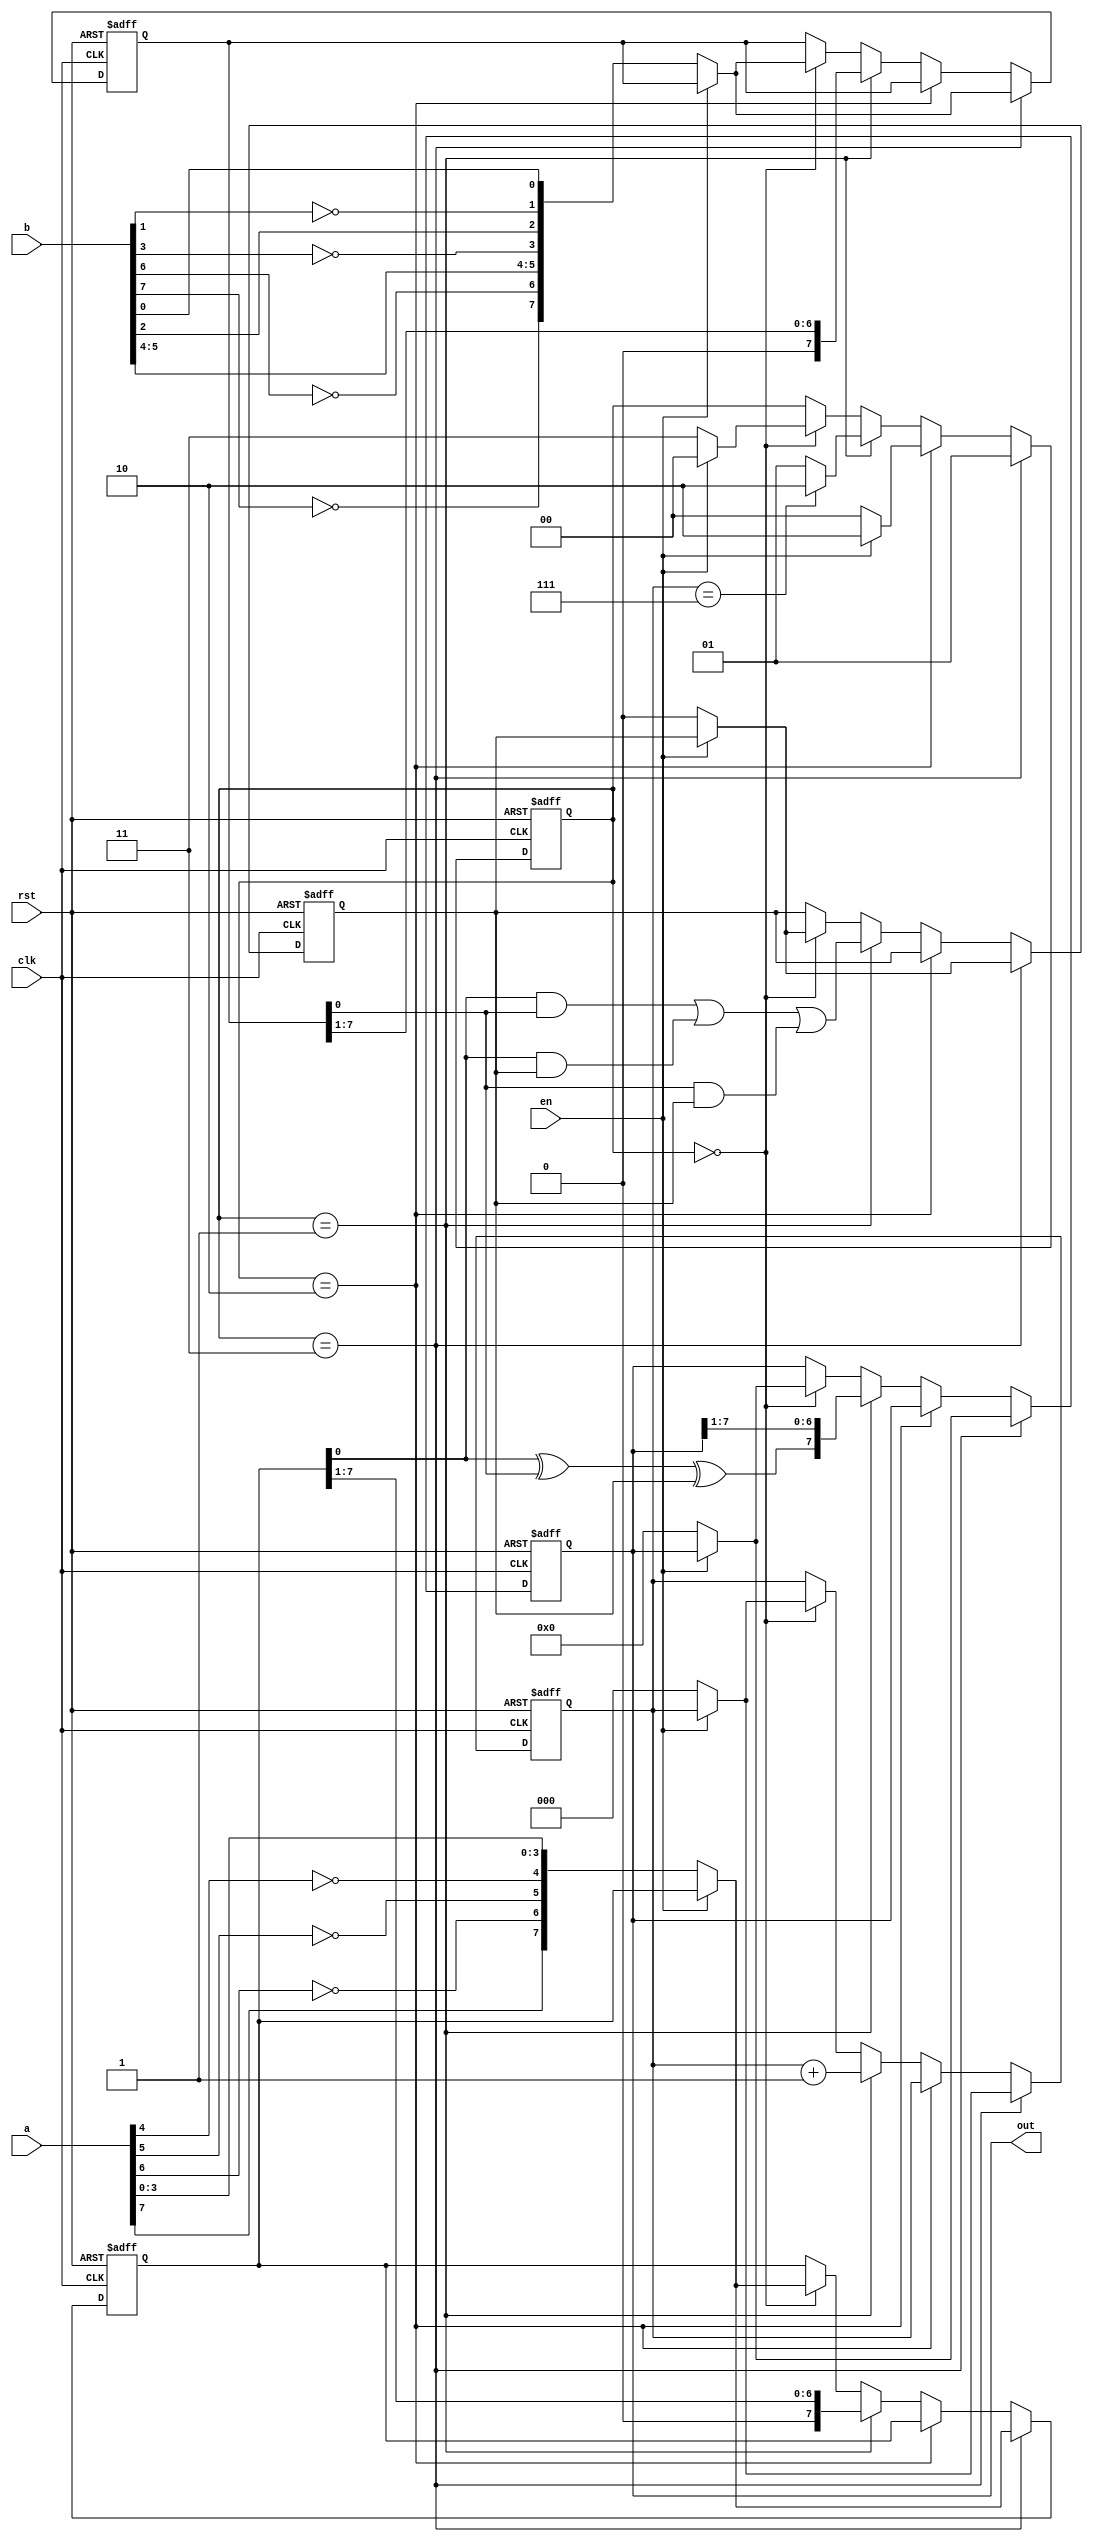
module add_serial(b,out,en,a,rst,clk);
parameter [31:0] delay0 = 'd3;
wire [7:0] a_scramb;
input wire [7:0] b;
reg [0:0] carry;
wire [7:0] b_scramb;
output reg [7:0] out;
reg [7:0] b_reg;
reg [7:0] a_reg;
reg [1:0] state;
parameter [1:0] ADD = 2'd1;
reg [2:0] count;
input wire [7:0] a;
wire [0:0] sum;
parameter [1:0] IDLE = 2'd0;
wire [0:0] en_scramb;
input wire [0:0] en;
input wire [0:0] rst;
input wire [0:0] clk;
parameter [1:0] DONE = 2'd2;
assign a_scramb = {a[7],(~a[6]),(~a[5]),(~a[4]),a[3],a[2],a[1],a[0]};
assign b_scramb = {(~b[7]),(~b[6]),b[5],b[4],(~b[3]),b[2],(~b[1]),b[0]};
assign sum = ((a_reg[0]^b_reg[0])^carry);
assign en_scramb = (~en[0]);
always @(posedge clk or posedge rst) begin
if(rst) begin
out <= 0;
end
else begin
if((state==delay0)) begin
if(en_scramb) begin
out <= 0;
end
end
else begin
if((state==DONE)) begin
end
else begin
if((state==ADD)) begin
out <= {sum,out[7:1]};
end
else begin
if((state==IDLE)) begin
if(en_scramb) begin
out <= 0;
end
end
end
end
end
end
end

always @(posedge clk or posedge rst) begin
if(rst) begin
b_reg <= 0;
end
else begin
if((state==delay0)) begin
if(en_scramb) begin
b_reg <= b_scramb;
end
end
else begin
if((state==DONE)) begin
end
else begin
if((state==ADD)) begin
b_reg <= (b_reg>>1);
end
else begin
if((state==IDLE)) begin
if(en_scramb) begin
b_reg <= b_scramb;
end
end
end
end
end
end
end

always @(posedge clk or posedge rst) begin
if(rst) begin
state <= IDLE;
end
else begin
if((state==delay0)) begin
state <= ADD;
end
else begin
if((state==DONE)) begin
if(en_scramb) begin
state <= IDLE;
end
else begin
state <= DONE;
end
end
else begin
if((state==ADD)) begin
if((count==7)) begin
state <= DONE;
end
else begin
state <= ADD;
end
end
else begin
if((state==IDLE)) begin
if(en_scramb) begin
state <= delay0;
end
else begin
state <= IDLE;
end
end
end
end
end
end
end

always @(posedge clk or posedge rst) begin
if(rst) begin
count <= 0;
end
else begin
if((state==delay0)) begin
if(en_scramb) begin
count <= 0;
end
end
else begin
if((state==DONE)) begin
end
else begin
if((state==ADD)) begin
count <= (count+1);
end
else begin
if((state==IDLE)) begin
if(en_scramb) begin
count <= 0;
end
end
end
end
end
end
end

always @(posedge clk or posedge rst) begin
if(rst) begin
carry <= 0;
end
else begin
if((state==delay0)) begin
if(en_scramb) begin
carry <= 0;
end
end
else begin
if((state==DONE)) begin
end
else begin
if((state==ADD)) begin
carry <= (((a_reg[0]&b_reg[0])|(a_reg[0]&carry))|(b_reg[0]&carry));
end
else begin
if((state==IDLE)) begin
if(en_scramb) begin
carry <= 0;
end
end
end
end
end
end
end

always @(posedge clk or posedge rst) begin
if(rst) begin
a_reg <= 0;
end
else begin
if((state==delay0)) begin
if(en_scramb) begin
a_reg <= a_scramb;
end
end
else begin
if((state==DONE)) begin
end
else begin
if((state==ADD)) begin
a_reg <= (a_reg>>1);
end
else begin
if((state==IDLE)) begin
if(en_scramb) begin
a_reg <= a_scramb;
end
end
end
end
end
end
end

endmodule